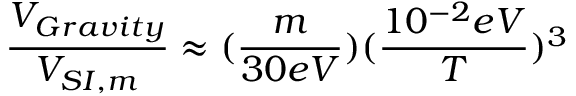
{ \frac { V _ { G r a v i t y } } { V _ { S I , m } } } \approx ( { \frac { m } { 3 0 e V } } ) ( { \frac { 1 0 ^ { - 2 } e V } { T } } ) ^ { 3 }